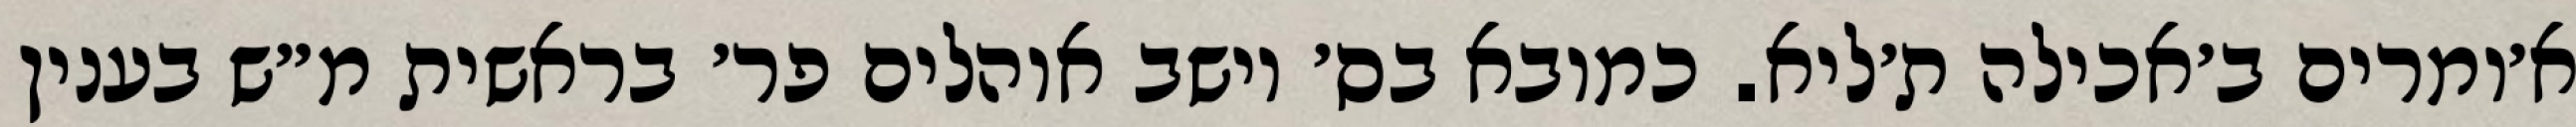
א׳ומרים ב׳אכילה ת׳ליא. כמובא בס׳ יושב אוהלים פר׳ בראשית מ״ש בענין